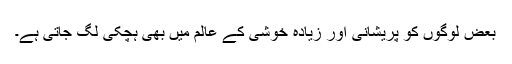
بعض لوگوں کو پریشانی اور زیادہ خوشی کے عالم میں بھی ہچکی لگ جاتی ہے۔